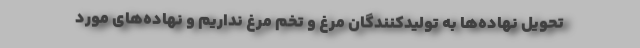
تحویل نهاده‌ها به تولیدکنندگان مرغ و تخم مرغ نداریم و نهاده‌های مورد